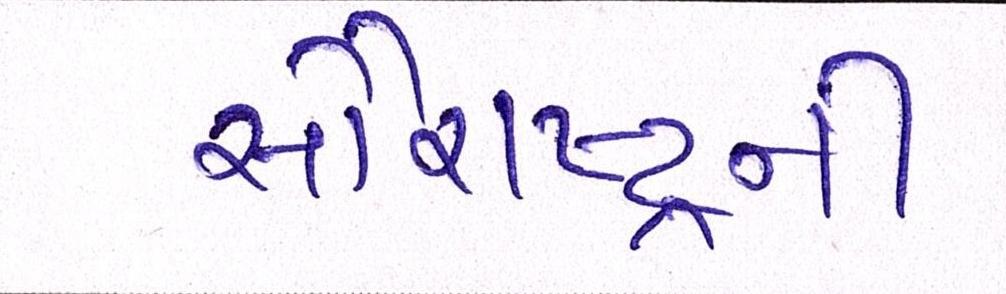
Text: સૌરાષ્ટ્ર્રની